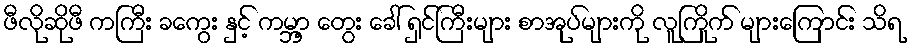
ဖီလိုဆိုဖီ ကကြီး ခကွေး နှင့် ကမ္ဘာ့ တွေး ခေါ် ရှင်ကြီးများ စာအုပ်များကို လူကြိုက် များကြောင်း သိရ